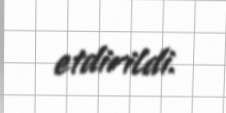
etdirildi.